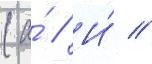
(а́ // И́ //